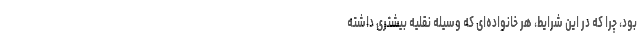
بود، چرا که در این شرایط، هر خانواده‌ای که وسیله نقلیه بیشتری داشته